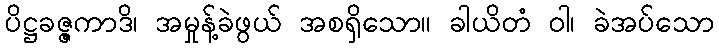
ပိဋ္ဌခဇ္ဇကာဒိ၊ အမှုန့်ခဲဖွယ် အစရှိသော။ ခါယိတံ ဝါ၊ ခဲအပ်သော